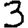
Digit: 3